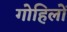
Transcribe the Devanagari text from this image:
गोहिलों